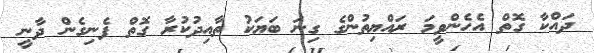
ދައްކާ ގޮތް އެހެންވީމަ ރައްޔިތުންގެ ގިނަ ބަޔަކު ތާއިދުކުރާ ގޮތް ފެނިގެން ދާނީ